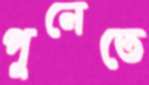
পুনেতে